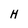
Character: H